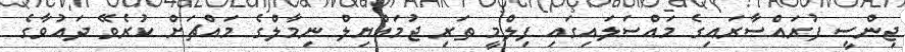
ޖިންސީ ފުރައްސާރައިގެ މައްސަލައިގައި ފިލްމީ ތަރި ޖުމައްޔިލް ނިމާލްގެ މައްޗަށް ކުރެވޭ ދައުވާގެ